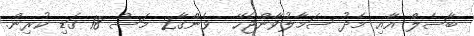
ބާސެލް އާއި މެދު ސަމާލުވާންޖެހޭ  ވެންގާ2 މަސް 18 ގަޑި ކުރިން.